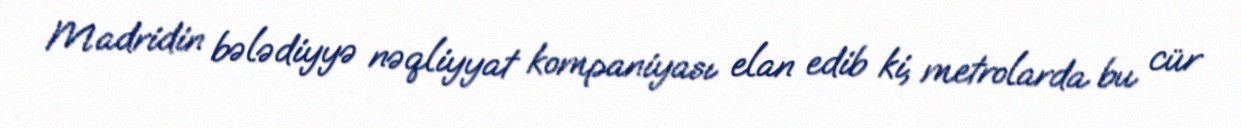
Madridin bələdiyyə nəqliyyat kompaniyası elan edib ki, metrolarda bu cür